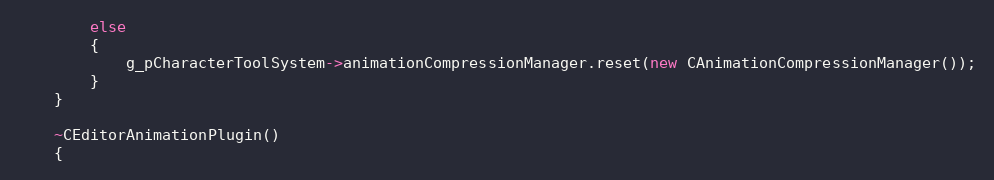
Language: C++
		else
		{
			g_pCharacterToolSystem->animationCompressionManager.reset(new CAnimationCompressionManager());
		}
	}

	~CEditorAnimationPlugin()
	{